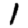
Digit: 1